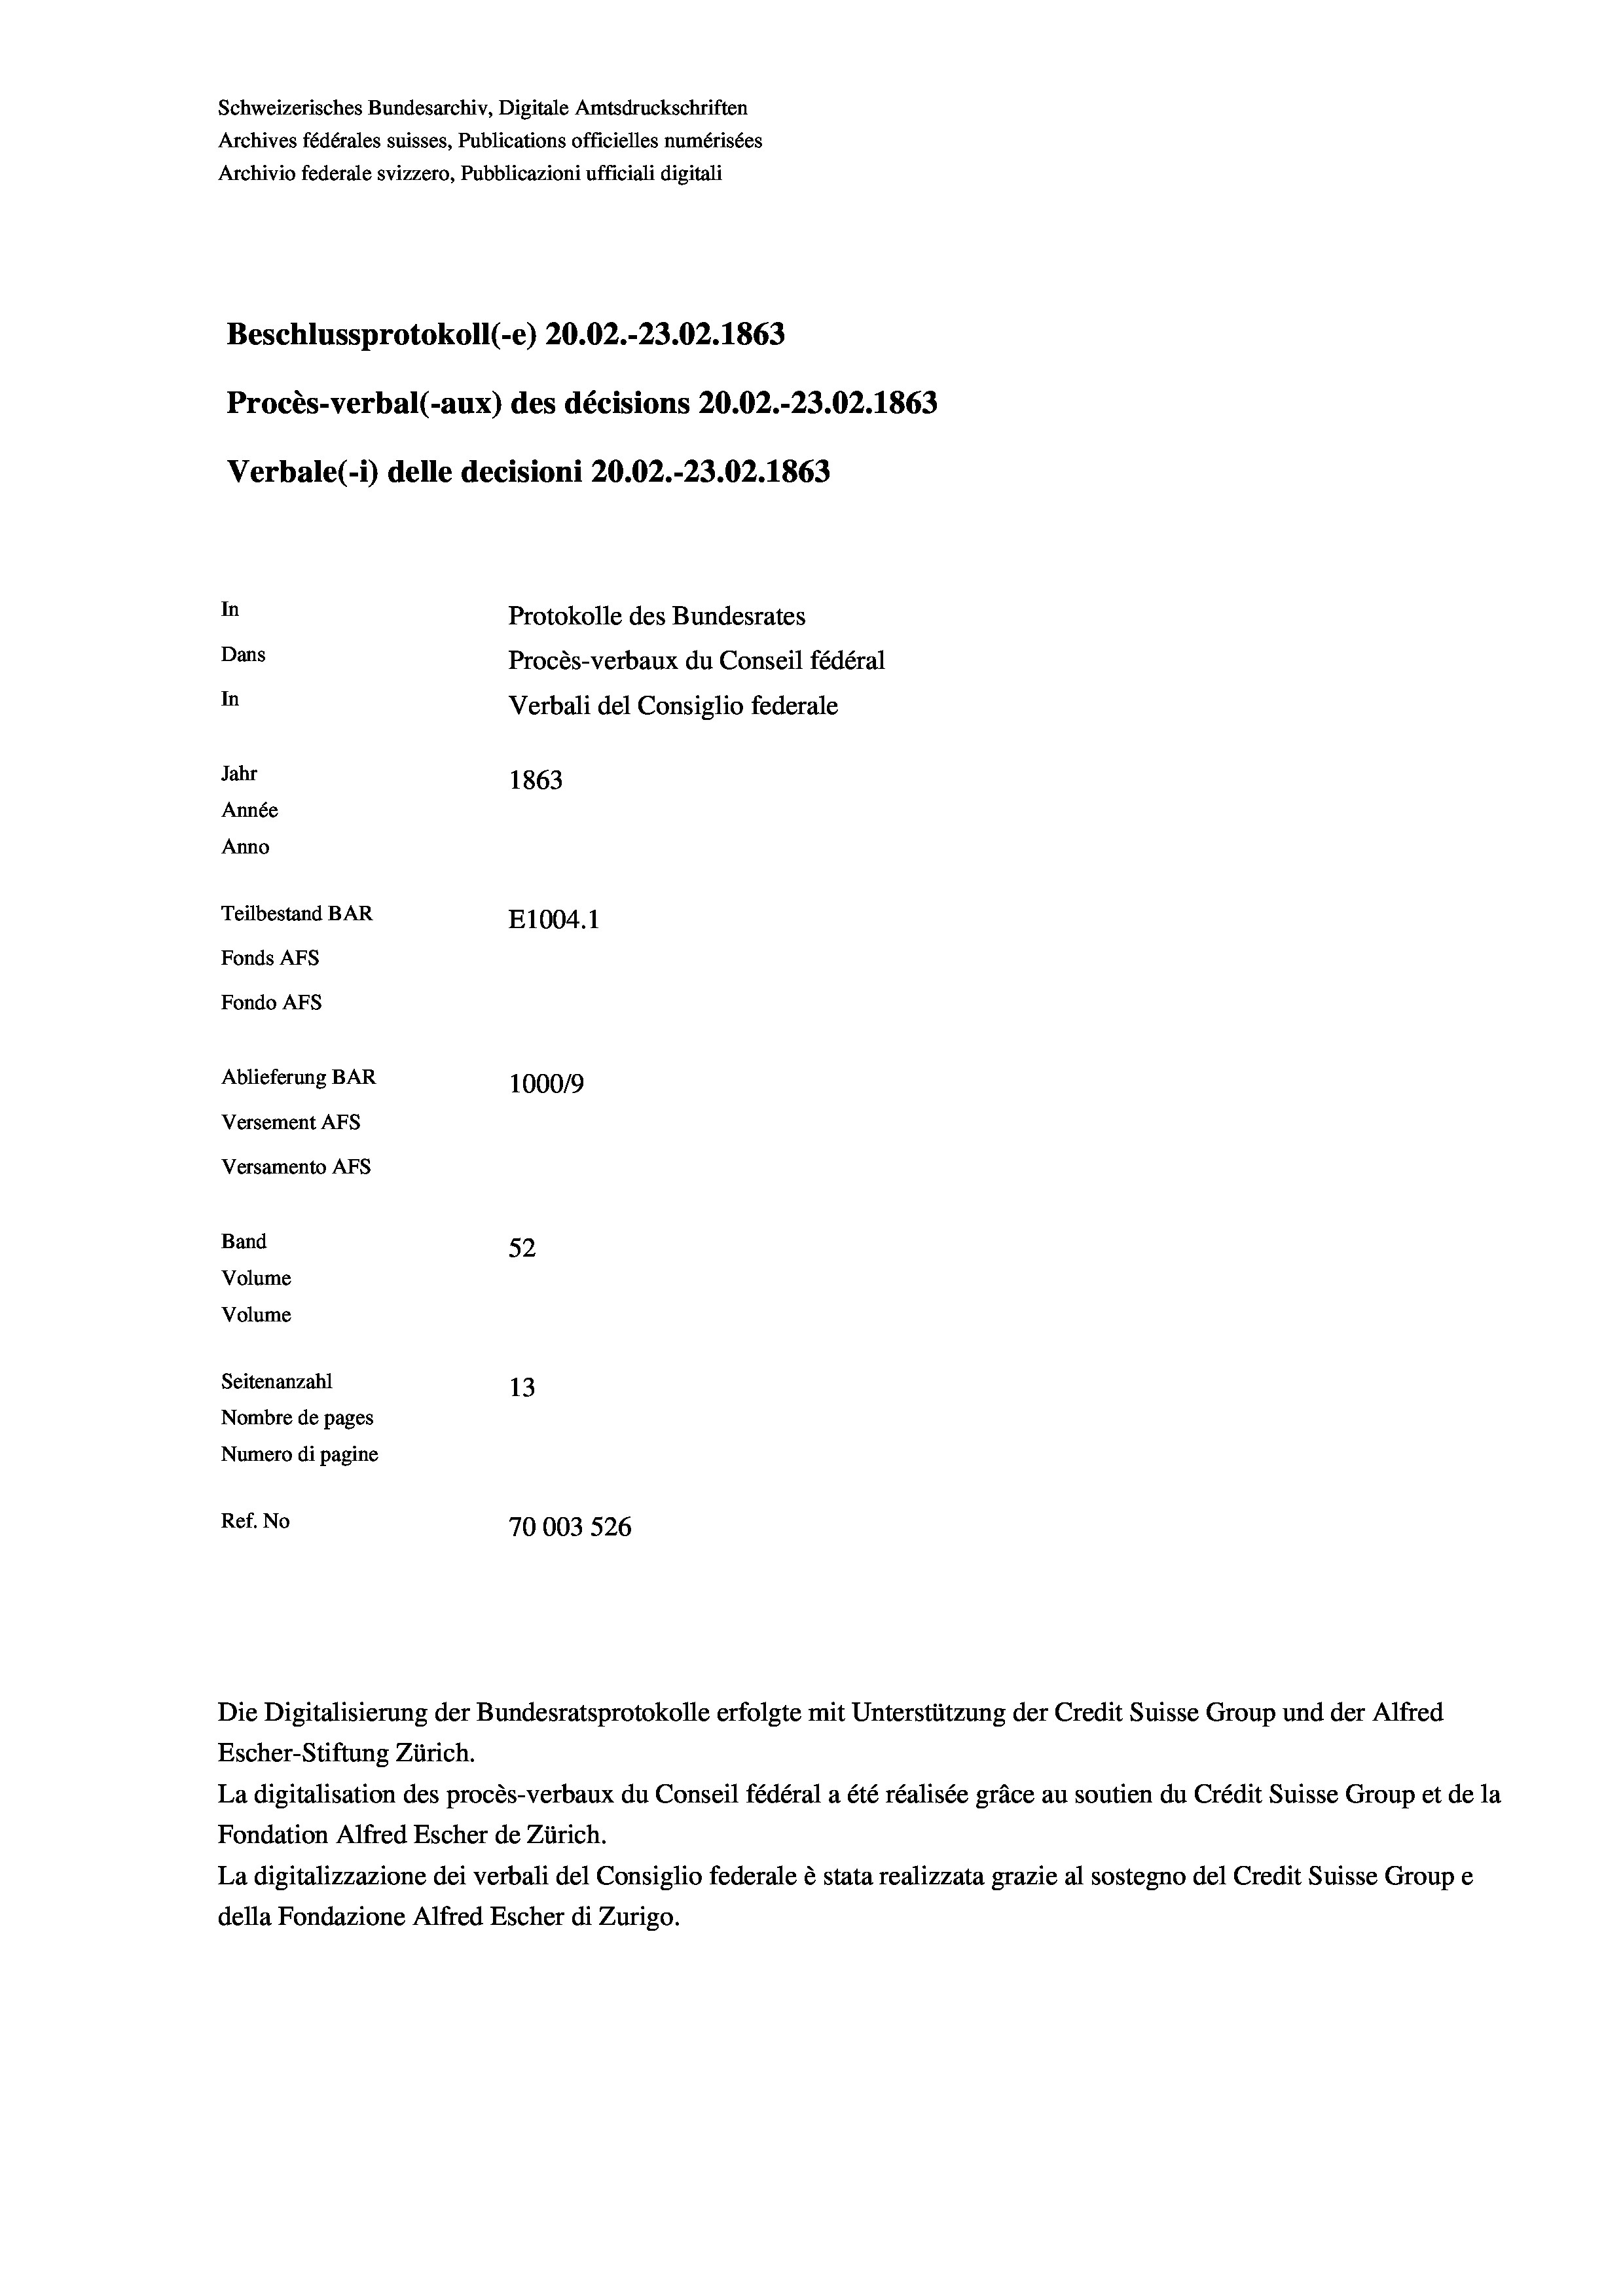
Schweizerisches Bundesarchiv, Digitale Amtsdruckschriften
Archives fédérales suisses, Publications officielles numérisées
Archivio federale svizzero, Pubblicazioni ufficiali digitali
Beschlussprotokoll (-e) 20.02.-23.02. 1863
Procès-verbal (-aux) des décisions 20.02.-23.02. 1863
Verbale (- 1) delle decisioni 20.02.-23.02. 1863
In
Protokolle des Bundesrates
Dans
Procès-verbaux du Conseil fédéral
In
Verbali del Consiglio federale
Jahr
1863
Année
Anno
Teilbestand BAR
E1004.1
Fonds AFs
Fondo AFS
Ablieferung BAR
1000/9
Versement AFs
Versamento AFs
Band
52
Volume
Volume

Seitenanzahl
13
Nombre de pages
Numero di pagine
Ref. No
70003 526

Escher-Stiftung Zürich.
La digitalisation des procès-verbaux du Conseil fédéral a été réalisée gräce au soutien du Crédit Suisse Group et de la
Fondation Alfred Escher de Zürich.
La digitalizzazione dei verbali del Consiglio federale è stata realizzata grazie al sostegno del Credit Suisse Groupe
della Fondazione Alfred Escher di Zurigo.

Die Digitalisierung der Bundesratsprotokolle erfolgte mit Unterstützung der Credit Suisse Group und der Alfred